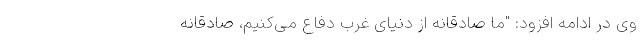
وی در ادامه افزود: "ما صادقانه از دنیای غرب دفاع می‌کنیم، صادقانه